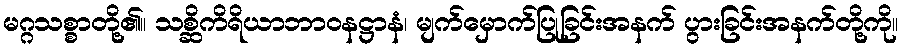
မဂ္ဂသစ္စာတို့၏။ သစ္ဆိကိရိယာဘာဝနဋ္ဌာနံ၊ မျက်မှောက်ပြုခြင်းအနက် ပွားခြင်းအနက်တို့ကို။